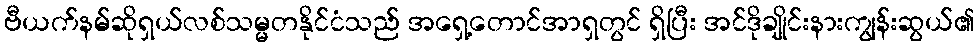
ဗီယက်နမ်ဆိုရှယ်လစ်သမ္မတနိုင်ငံသည် အရှေ့တောင်အာရှတွင် ရှိပြီး အင်ဒိုချိုင်းနားကျွန်းဆွယ်၏